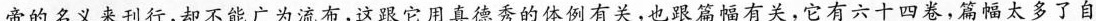
帝的名义来刊行，却不能广为流布，这跟它用真德秀的体例有关，也跟篇幅有关，它有六十四卷，篇幅太多了自